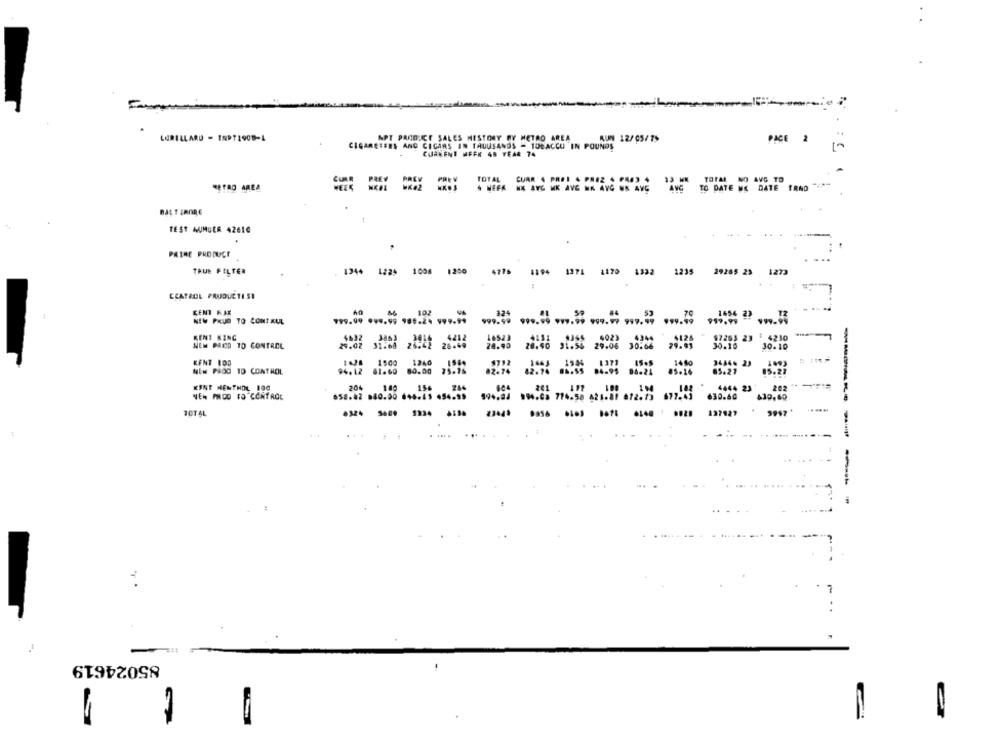
5:
LORILLARD - TNP71908-4
APT PAND CE SALES HISTORY MY METRO AREA
KUN 12/05/7>
PAGE 2
CIGARETEES AND CIGARS IN TAUUSANDS - TOBACCO IN POUNDS
CURRENT MEFK 48 YEAR 74
TOTAL CURR 4 PREI 4 PREZ 4 PRES 4
13 WM TOTAL NO AVG TO
CURE PREY
DK02
TOTAL
METRO AREA
WEEK NKEL
S HEER HE AYG MK AVG NA AYG WS AVG
AVG
TO DATE ME DATE FR
TEST MUMUER 42610
PRIME PRODUCE
TRUE FILTER
1344 1225
1008
1200
1170 1332
1235
29285 23
1273
CCATACL PRUDUCTIST
KENT RAK
102
324
NEW PRUD TO CONT KUL
799.09 999.99 905.24 999.99
999.99
KENT KING
3416
4212
46523
4131
4344
$125
92263 23 : 4230
NEM PAID TO CONTROL
29.02 31:68
26.42
26.49
24.90
20.40
30.66
29.93
30.10
30.10
KENT 1OD
1500
1240
1663 1584
14 60
3444. 23
NEM PROG TO CONTROL
94.12 61.60 80.00
02-74
82.76 86.55
85.14
85.27
KINT NENTHOL 100
204
100
156
284
4444 23
208
-
NEM PROD FO CONTROL
658.82 080.00 646.45 454.95
630.40
430,60
TOT &L
137927
9997'
.....
85024619